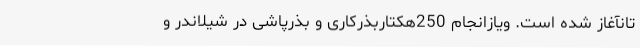
تانآغاز شده است. ویازانجام 250هکتاربذرکاری و بذرپاشی در شیلاندر و